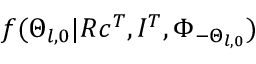
f ( \Theta _ { l , 0 } | R c ^ { T } , I ^ { T } , \Phi _ { - \Theta _ { l , 0 } } )